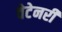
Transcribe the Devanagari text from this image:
वेटेनरी